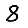
Digit: 8